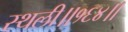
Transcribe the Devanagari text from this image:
स्थली॥१६४॥